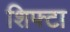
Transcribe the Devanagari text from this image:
शिफ्टा